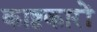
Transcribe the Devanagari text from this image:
काष्ठकारों